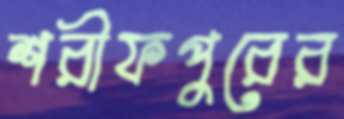
শরীফপুরের